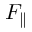
F _ { \parallel }